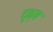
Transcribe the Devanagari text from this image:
दृव्य